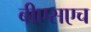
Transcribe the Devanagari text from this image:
बीएसएच